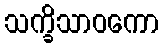
သက္ခိသာဝကော